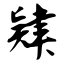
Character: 肄